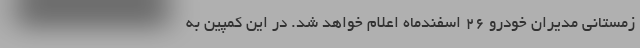
زمستانی مدیران خودرو ۲۶ اسفندماه اعلام خواهد شد. در این کمپین به